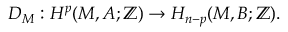
D _ { M } : H ^ { p } ( M , A ; \mathbb { Z } ) \to H _ { n - p } ( M , B ; \mathbb { Z } ) .